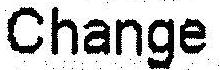
CHANGE